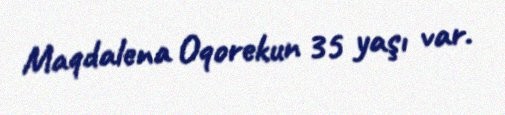
Maqdalena Oqorekun 35 yaşı var.